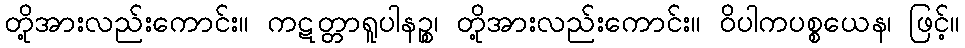
တို့အားလည်းကောင်း။ ကဋတ္တာရူပါနဉ္စ၊ တို့အားလည်းကောင်း။ ဝိပါကပစ္စယေန၊ ဖြင့်။